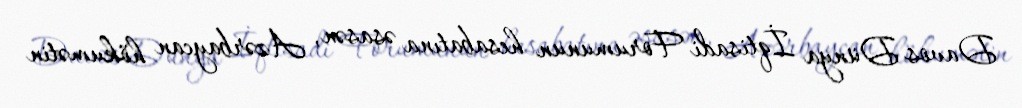
Davos Dünya İqtisadi Forumunun hesabatına əsasən, Azərbaycan hökumətin